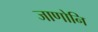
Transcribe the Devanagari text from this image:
जाणोनि